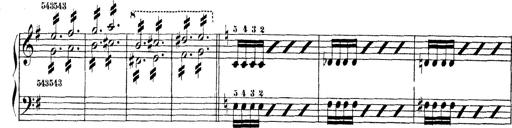
Title: Technische Studien
Composer: Franz Liszt